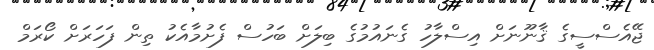
ޖޭއެސްސީގެ ޤާނޫނަށް އިސްލާހު ގެނައުމުގެ ބިލަށް ބަހުސް ފެށުމާއެކު ތިން ފަހަރަށް ކޯރަމް